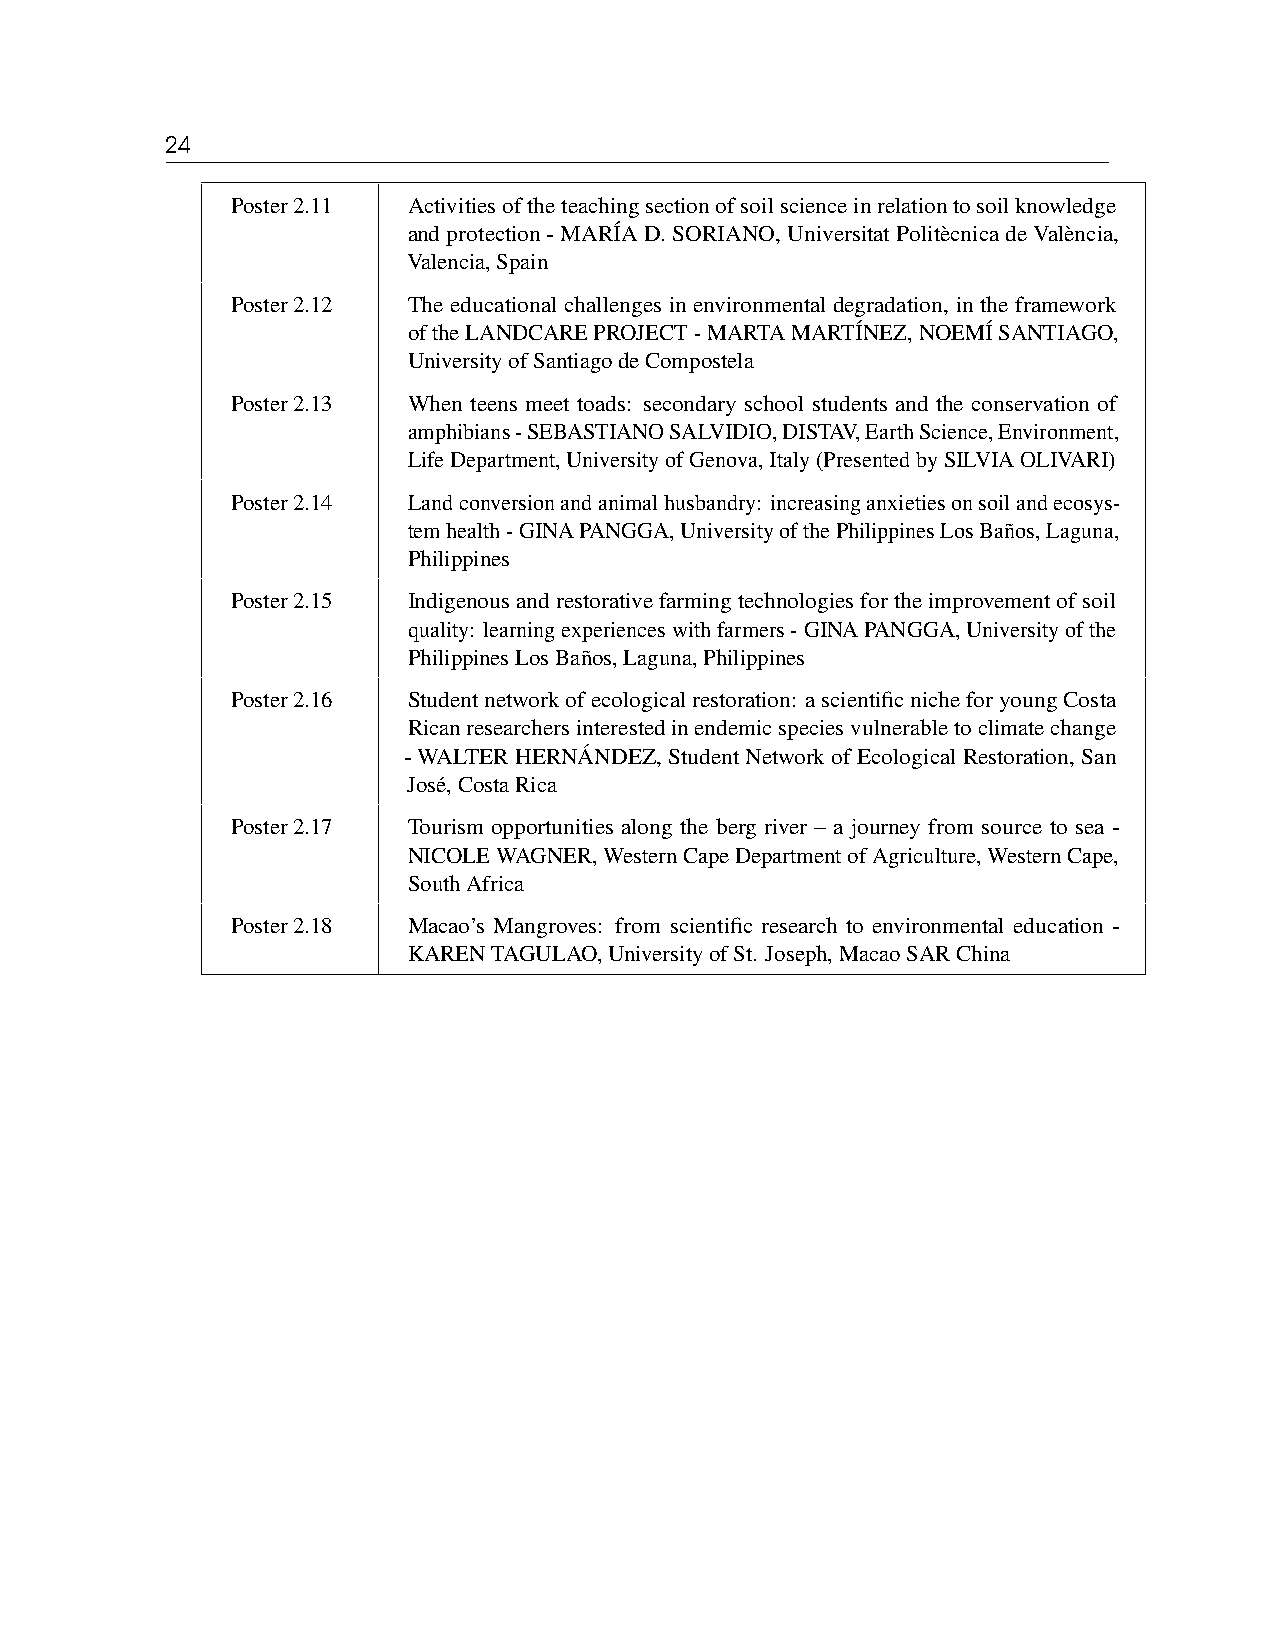
24
 Poster2.11  Activitiesoftheteachingsectionofsoilscienceinrelationtosoilknowledge
 andprotection-MARÍAD.SORIANO,UniversitatPolitècnicadeValència,
 Valencia,Spain
 Poster2.12  The educational challenges in environmental degradation, in the framework
 oftheLANDCAREPROJECT-MARTAMARTÍNEZ,NOEMÍSANTIAGO,
 UniversityofSantiagodeCompostela
 Poster2.13  When teens meet toads: secondary school students and the conservation of
 amphibians-SEBASTIANOSALVIDIO,DISTAV,EarthScience,Environment,
 LifeDepartment,UniversityofGenova,Italy(PresentedbySILVIAOLIVARI)
 Poster2.14  Landconversionandanimalhusbandry: increasinganxietiesonsoilandecosys-
 temhealth-GINAPANGGA,UniversityofthePhilippinesLosBaños,Laguna,
 Philippines
 Poster2.15  Indigenousandrestorativefarmingtechnologiesfortheimprovementofsoil
 quality: learningexperienceswithfarmers-GINAPANGGA,Universityofthe
 PhilippinesLosBaños,Laguna,Philippines
 Poster2.16  Studentnetworkofecologicalrestoration: ascientificnicheforyoungCosta
 Ricanresearchersinterestedinendemicspeciesvulnerabletoclimatechange
 -WALTERHERNÁNDEZ,StudentNetworkofEcologicalRestoration,San
 José,CostaRica
 Poster2.17  Tourism opportunities along the berg river – a journey from source to sea -
 NICOLEWAGNER,WesternCapeDepartmentofAgriculture,WesternCape,
 SouthAfrica
 Poster2.18  Macao’s Mangroves: from scientific research to environmental education -
 KARENTAGULAO,UniversityofSt. Joseph,MacaoSARChina